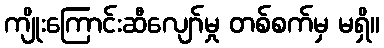
ကျိုးကြောင်းဆီလျော်မှု တစ်စက်မှ မရှိ။